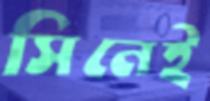
সিনেই